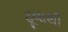
ઢૂવાથી